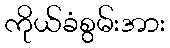
ကိုယ်ခံစွမ်းအား